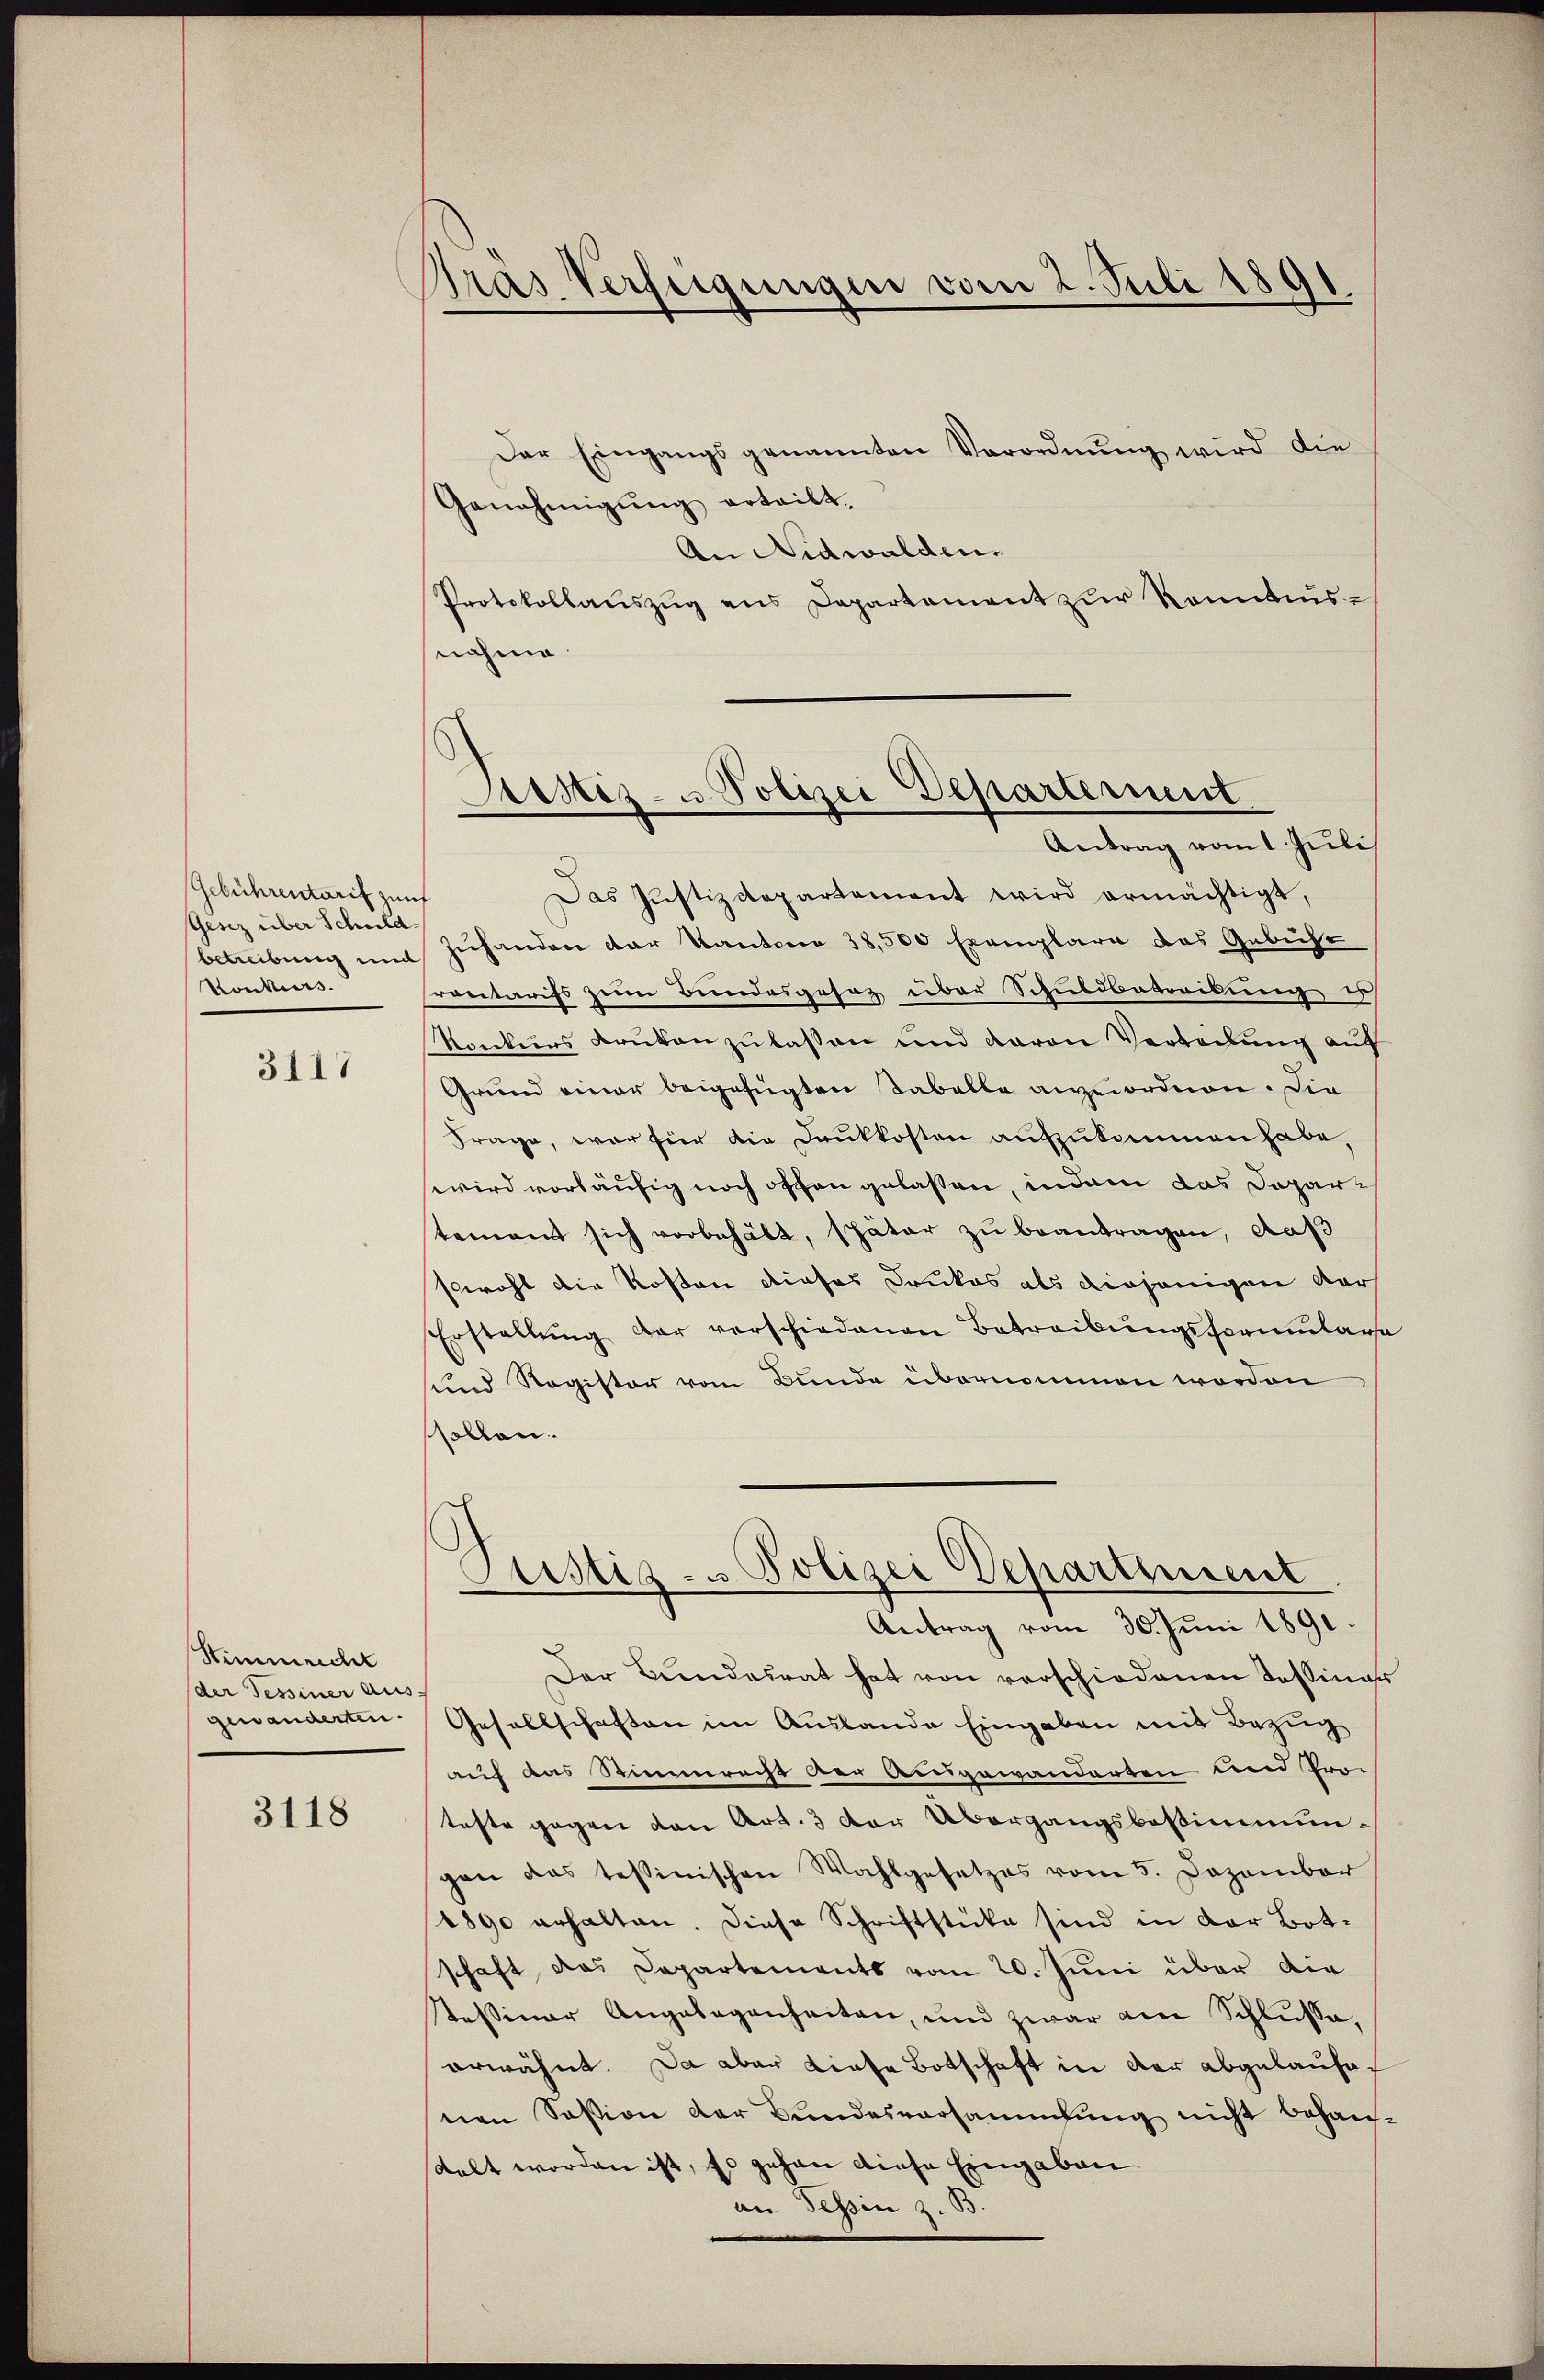
Gebührentarif zunf
Gesez über Schuldbetreibung und
Konkurs.

3117

Stimmrecht
(der Tessiner aus:
gewanderten.

3118

PGras Verfügungen vom 2. Juli 1891

Der Eingangs genannten Verordnŭng wird die
Genehmigŭng erteilt.
An Nidwalden.
Protokollaŭszŭg ans Departement zŭr Kenntnis-
nahme

Sistiz- u Polizei Departement
Antrag vom 1. Juli

Das Justizdepartement wird ermächtigt,
zŭhanden der Kantone 38,500 Exemplare das Gebicht
rontarifs zum Bundesgesaz über Schuldbetreibung er
Konkurs kruten zŭlassen und davon Verbadung auf
Grund einer beigefügten Tabelle anzuordnen. Die
Frage, war für die Dankkosten aufzukommen habe,
wird vorläufig noch offen gelassen, indem das Dopar-
tement sich vorbehält, später zŭ beantragen, daß
sowohl die Kosten dieses Drukas als diejenigen dar
Erstellŭng der verschiedenen Betreibungsformulare
und Register vom Bunde übernommen worden
sollen.
Stistiz- u Polizei Departement
Antrag vom 30. Juni 1891.
Der Bundesrat hat von verschiedenen Tessinas
Gesellschaften im Auslande Eingaben mit Bezug
auf das Stimmeracht der Ausgewanderten und Proc
teste gegen von Art. 3 der Übergangsbestimmungen das tessinischen Wahlgesetzes vom 5. Dezember
1890 erhalten. Diese Schriftstücke sind in der Botschaft, das Capartements vom 20. Juni über die
stessiner Angelegenheiten, und zwar am Schlüsse,
erwähnt. Da aber Liefe Botschaft in der abgelaufenen Session der Bundesversammlung nicht behaus-
delt worden ist, so gehen diese Eingaben
an Tessin z. B.